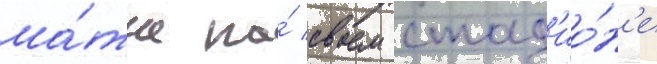
ма́тче на́ своем стад'ио́н'е